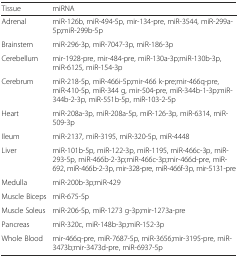
<table><thead><tr><td><b>Tissue</b></td><td><b>miRNA</b></td></tr></thead><tbody><tr><td>Adrenal</td><td>miR-126b, miR-494-5p, mir-134-pre, miR-3544, miR-299a-5p;miR-299b-5p</td></tr><tr><td>Brainstem</td><td>miR-296-3p, miR-7047-3p, miR-186-3p</td></tr><tr><td>Cerebellum</td><td>mir-1928-pre, mir-484-pre, miR-130a-3p;miR-130b-3p, miR-6125, miR-154-3p</td></tr><tr><td>Cerebrum</td><td>miR-218-5p, miR-466i-5p;mir-466 k-pre;mir-466q-pre, miR-410-5p, miR-344 g, mir-504-pre, miR-344b-1-3p;miR-344b-2-3p, miR-551b-5p, miR-103-2-5p</td></tr><tr><td>Heart</td><td>miR-208a-3p, miR-208a-5p, miR-126-3p, miR-6314, miR-509-3p</td></tr><tr><td>Ileum</td><td>miR-2137, miR-3195, miR-320-5p, miR-4448</td></tr><tr><td>Liver</td><td>miR-101b-5p, miR-122-3p, miR-1195, miR-466c-3p, miR-293-5p, miR-466b-2-3p;miR-466c-3p;mir-466d-pre, miR-692, miR-466b-2-3p, mir-328-pre, miR-466f-3p, mir-5131-pre</td></tr><tr><td>Medulla</td><td>miR-200b-3p;miR-429</td></tr><tr><td>Muscle Biceps</td><td>miR-675-5p</td></tr><tr><td>Muscle Soleus</td><td>miR-206-5p, miR-1273 g-3p;mir-1273a-pre</td></tr><tr><td>Pancreas</td><td>miR-320c, miR-148b-3p;miR-152-3p</td></tr><tr><td>Whole Blood</td><td>mir-466q-pre, miR-7687-5p, miR-3656;mir-3195-pre, miR-3473b;mir-3473d-pre, miR-6937-5p</td></tr></tbody></table>